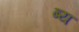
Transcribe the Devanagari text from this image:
ब्य